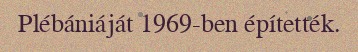
Plébániáját 1969-ben építették.